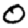
Digit: 0